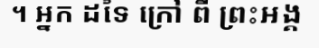
។ អ្នក ដទៃ ក្រៅ ពី ព្រះអង្គ